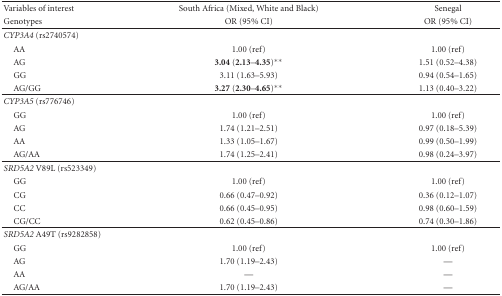
<table><thead><tr><td><b>Variables of interest</b></td><td><b>South Africa (Mixed, White and Black)</b></td><td><b>Senegal</b></td></tr><tr><td><b>Genotypes</b></td><td><b>OR (95% CI)</b></td><td><b>OR (95% CI)</b></td></tr></thead><tbody><tr><td><i>CYP3A4</i> (rs2740574)</td><td> </td><td> </td></tr><tr><td> AA</td><td>1.00 (ref)</td><td>1.00 (ref)</td></tr><tr><td> AG</td><td><b>3.04</b> (<b>2.13</b>–<b>4.35</b>)**</td><td>1.51 (0.52–4.38)</td></tr><tr><td> GG </td><td>3.11 (1.63–5.93)</td><td>0.94 (0.54–1.65)</td></tr><tr><td> AG/GG</td><td><b>3.27</b> (<b>2.30</b>–<b>4.65</b>)**</td><td>1.13 (0.40–3.22)</td></tr><tr><td><i>CYP3A5</i> (rs776746)</td><td> </td><td> </td></tr><tr><td> GG</td><td>1.00 (ref)</td><td>1.00 (ref)</td></tr><tr><td> AG</td><td>1.74 (1.21–2.51)</td><td>0.97 (0.18–5.39)</td></tr><tr><td> AA </td><td>1.33 (1.05–1.67)</td><td>0.99 (0.50–1.99)</td></tr><tr><td> AG/AA</td><td>1.74 (1.25–2.41)</td><td>0.98 (0.24–3.97)</td></tr><tr><td><i>SRD5A2</i> V89L (rs523349)</td><td> </td><td> </td></tr><tr><td> GG</td><td>1.00 (ref)</td><td>1.00 (ref)</td></tr><tr><td> CG</td><td>0.66 (0.47–0.92)</td><td>0.36 (0.12–1.07)</td></tr><tr><td> CC </td><td>0.66 (0.45–0.95)</td><td>0.98 (0.60–1.59)</td></tr><tr><td> CG/CC</td><td>0.62 (0.45–0.86)</td><td>0.74 (0.30–1.86)</td></tr><tr><td><i>SRD5A2</i> A49T (rs9282858)</td><td> </td><td> </td></tr><tr><td> GG</td><td>1.00 (ref)</td><td>1.00 (ref)</td></tr><tr><td> AG</td><td>1.70 (1.19–2.43)</td><td>—</td></tr><tr><td> AA </td><td>—</td><td>—</td></tr><tr><td> AG/AA</td><td>1.70 (1.19–2.43)</td><td>—</td></tr></tbody></table>